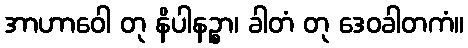
အာဟာဝေါ တု နိပါနဉ္စာ၊ ခါတံ တု ဒေဝခါတကံ။